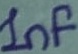
Text: 1nf